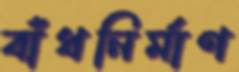
বাঁধনির্মাণ